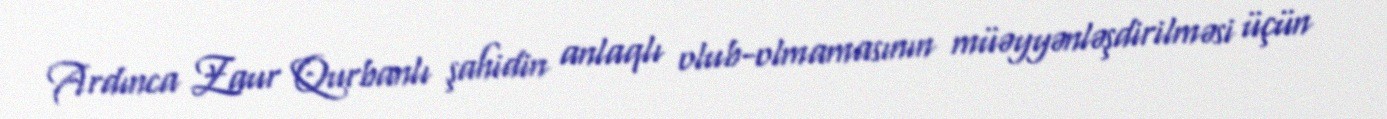
Ardınca Zaur Qurbanlı şahidin anlaqlı olub-olmamasının müəyyənləşdirilməsi üçün